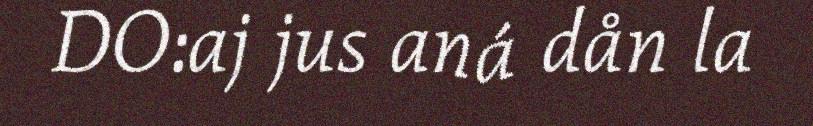
DO:aj jus aná dån la